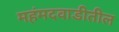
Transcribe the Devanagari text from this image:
महंमदवाडीतील